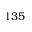
1 3 5